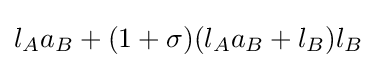
l_{A}a_{B}+(1+\sigma )(l_{A}a_{B}+l_{B})l_{B}